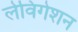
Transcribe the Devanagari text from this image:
लेविगेशन